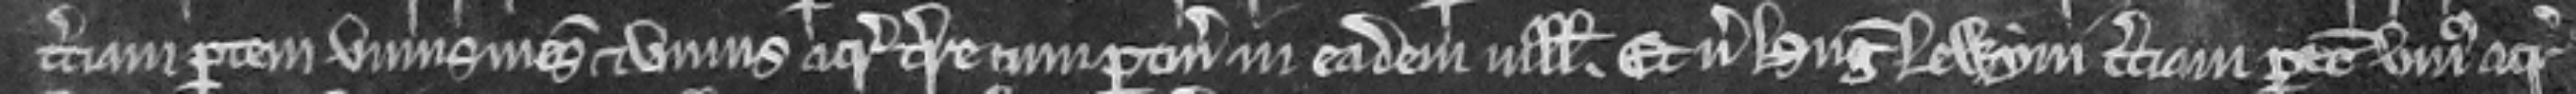
terciam partem unius mesuagii et unius acre terre cum pertinenciis in eadem villa. Et versus Hugonem Lewyni terciam partem unius acre